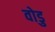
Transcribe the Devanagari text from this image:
वोडु